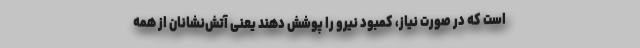
است که در صورت نیاز، کمبود نیرو را پوشش دهند یعنی آتش‌نشانان از همه